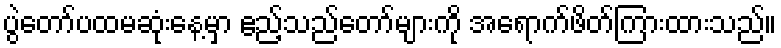
ပွဲတော်ပထမဆုံးနေ့မှာ ဧည့်သည်တော်များကို အရောက်ဖိတ်ကြားထားသည်။